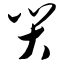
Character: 尖